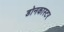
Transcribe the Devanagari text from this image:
डोनकास्टर